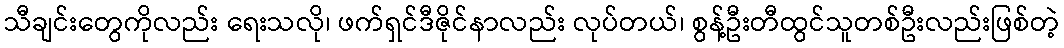
သီချင်းတွေကိုလည်း ရေးသလို၊ ဖက်ရှင်ဒီဇိုင်နာလည်း လုပ်တယ်၊ စွန့်ဦးတီထွင်သူတစ်ဦးလည်းဖြစ်တဲ့